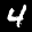
Label: 4